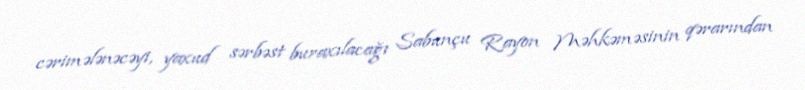
cərimələnəcəyi, yaxud sərbəst buraxılacağı Sabunçu Rayon Məhkəməsinin qərarından